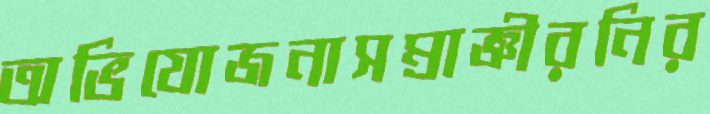
অভিযোজনাসম্রাজ্ঞীরনির